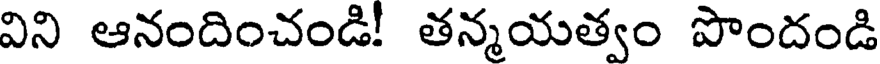
విని ఆనందించండి! తన్మయత్వం పొందండి